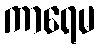
ကာရေမ